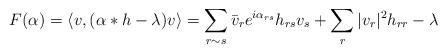
LaTeX: \begin{align*}F(\alpha) = \langle v, (\alpha*h-\lambda)v\rangle = \sum_{r \sim s} \bar v_r e^{i \alpha_{rs}} h_{rs} v_s + \sum_r |v_r|^2h_{rr}-\lambda\end{align*}